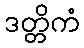
ဒတ္တိကံ